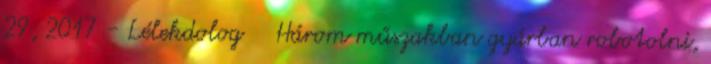
29, 2017 - Lélekdolog Három műszakban gyárban robotolni,